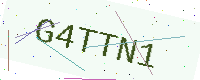
Text: G4TTN1